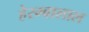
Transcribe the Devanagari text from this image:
हेरम्बालाल